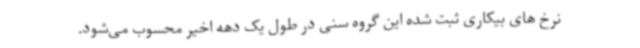
نرخ های بیکاری ثبت شده این گروه سنی در طول یک دهه اخیر محسوب می‌شود.